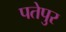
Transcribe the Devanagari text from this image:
पतेपुर